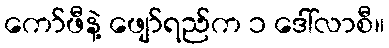
ကော်ဖီနဲ့ ဖျော်ရည်က ၁ ဒေါ်လာစီ။